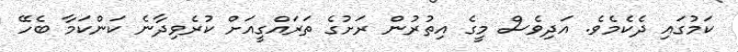
ކަމުގައި ދެކެމެވެ. އަދިވެސް މީގެ އިތުރުން ރަށުގެ ތަރައްގީއަށް ކުރެވިދާނެ ކަންކަމާ ބެހޭ